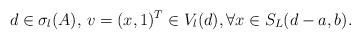
LaTeX: \begin{align*} d\in \sigma_l(A),\,v=(x,1)^T\in V_l(d), \forall x\in S_L(d-a,b).\end{align*}